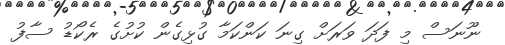
ނޫނަސް މި ފަދަ ވަރަށް ގިނަ ކަންކަމާ ގުޅިގެން ކުށުގެ ރެކޯޑު ސާފު